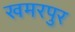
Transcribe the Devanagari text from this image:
खमरपुर